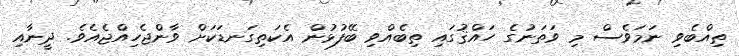
ތިއްބެވި ނަމަވެސް މި ވަތަނުގެ ހައްޤުގައި ތިބެއްވި ބޭފުޅުން އެކަތިގަނޑަކަށް ވާންޖެހިއްޖެއެވެ. ދީނާއި